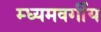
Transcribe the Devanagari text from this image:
म्ध्यमवर्गीय